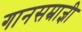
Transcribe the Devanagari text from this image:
गानसम्राज्ञी